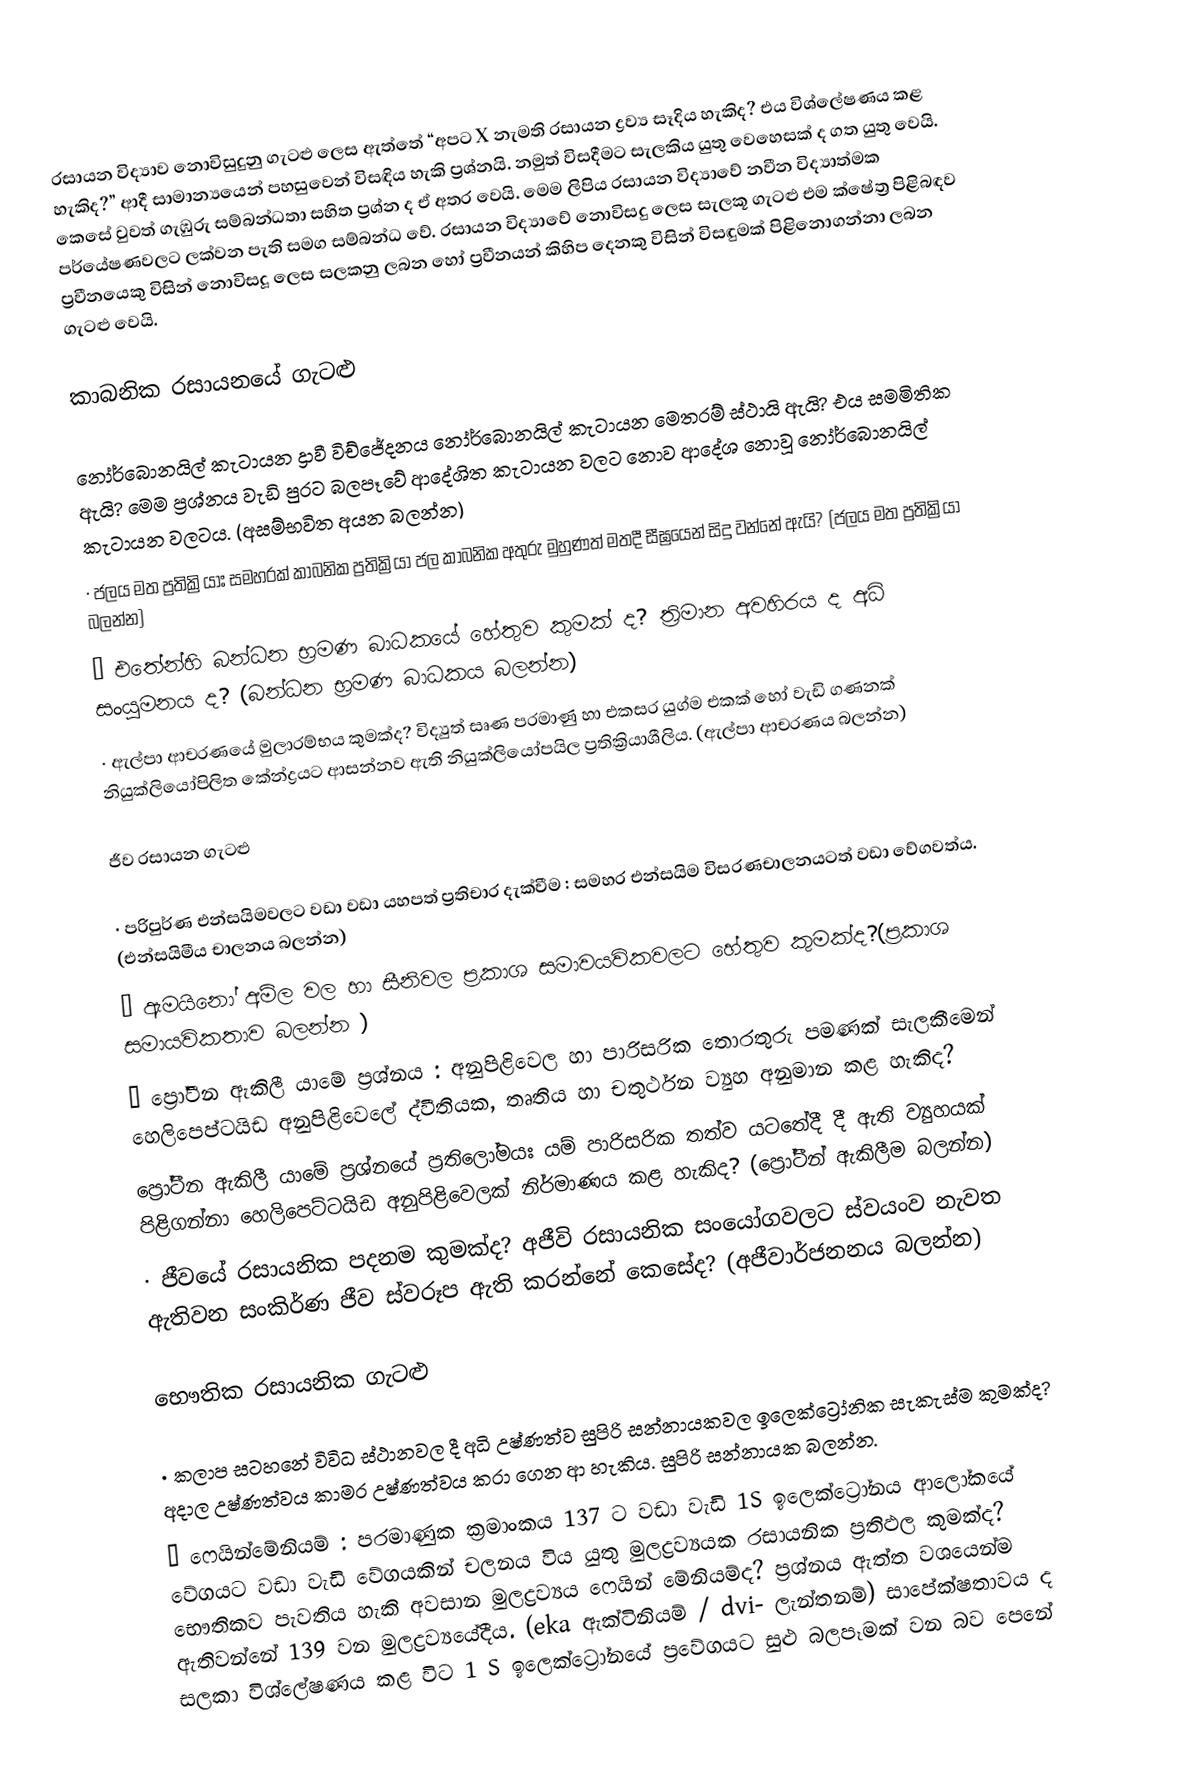
රසායන විද්‍යාව නොවිසුදුනු ගැටළු ලෙස ඇත්තේ “අපට X නැමති රසායන ද්‍රව්‍ය සෑදිය හැකිද? එය විශ්ලේෂණය කළ හැකිද?” ආදී සාමාන්‍යයෙන් පහසුවෙන් විසඳිය හැකි ප්‍රශ්නයි. නමුත් විසදීමට සැලකිය යුතු වෙහෙසක් ද ගත යුතු වෙයි. කෙසේ වුවත් ගැඹුරු සම්බන්ධතා සහිත ප්‍රශ්න ද ඒ අතර වෙයි. මෙම ලිපිය රසායන විද්‍යාවේ නවීන විද්‍යාත්මක පර්යේෂණවලට ලක්වන පැති සමග සම්බන්ධ වේ. රසායන විද්‍යාවේ නොවිසදු ලෙස සැලකූ ගැටළු එම ක්ෂේත්‍ර පිළිබඳව ප්‍රවීනයෙකු විසින් නොවිසදූ ලෙස සලකනු ලබන හෝ ප්‍රවීනයන් කිහිප දෙනකු විසින් විසඳුමක් පිළිනොගන්නා ලබන  ගැටළු වෙයි.

කාබනික රසායනයේ ගැටළු

නෝර්බොනයිල්  කැටායන ද්‍රාවී විච්ජේදනය නෝර්බොනයිල් කැටායන මෙතරම් ස්ථායි ඇයි? එය සමමිතික ඇයි? මෙම ප්‍රශ්නය වැඩි පුරට බලපෑවේ ආදේශිත කැටායන වලට නොව ආදේශ නොවූ නෝර්බොනයිල් කැටායන වලටය. (අසම්භවිත අයන බලන්න)
·	ජලය මත ප්‍රතික්‍රියාඃ සමහරක් කාබනික ප්‍රතික්‍රියා ජල කාබනික අතුරු මුහුණත් මතදී සීඝ්‍රයෙන් සිදු වන්නේ ඇයි? (ජලය මත ප්‍රතික්‍රියා බලන්න)
·	එතේන්හි බන්ධන භ්‍රමණ බාධකයේ හේතුව කුමක් ද? ත්‍රිමාන අවහිරය ද අධි සංයුමනය ද? (බන්ධන භ්‍රමණ බාධකය බලන්න)
·	ඇල්පා ආචරණයේ මුලාරම්භය කුමක්ද?  විද්‍යුත් සෘණ පරමා‍ණු හා එකසර යුග්ම එකක් හෝ වැඩි ගණනක් නියුක්ලියෝපිලිත කේන්ද්‍රයට ආසන්නව ඇති නියුක්ලියෝපයිල ප්‍රතික්‍රියාශීලිය. (ඇල්පා ආචරණය බලන්න)

ජීව රසායන ගැටළු

·	පරිපුර්ණ එන්සයිමවලට වඩා වඩා යහපත් ප්‍රතිචාර දැක්වීම : සමහර එන්සයිම විසරණචාලනයටත් වඩා වේගවත්ය. (එන්සයිමීය චාලනය බලන්න)
·	ඇමයිනෝ අම්ල වල හා සීනිවල  ප්‍රකාශ සමාවයවිකවලට  හේතුව කුමක්ද?(ප්‍රකාශ සමායවිකතාව බලන්න )
·	ප්‍රෝටීන ඇකිලී යාමේ ප්‍රශ්නය : අනුපිළිවෙල හා පාරිසරික තොරතුරු පමණක් සැලකීමෙන් හෙලිපෙප්ටයිඩ අනුපිළිවෙලේ ද්වීතියක, තෘතිය හා චතුර්ථන ව්‍යුහ අනුමාන කළ හැකිද?
ප්‍රෝටීන ඇකිලී යාමේ ප්‍රශ්නයේ ප්‍රතිලෝමයඃ යම් පාරිසරික තත්ව යටතේදී දී ඇති ව්‍යුහයක් පිළිගන්නා හෙලිපෙට්ටයිඩ අනුපිළිවෙලක් නිර්මාණය කළ හැකිද? (ප්‍රෝටීන් ඇකිලීම බලන්න)
·	ජීවයේ රසායනික පදනම කුමක්ද? අජීවි රසායනික සංයෝගවලට ස්වයංව නැවත ඇතිවන සංකිර්ණ ජීව ස්වරූප ඇති කර‍න්නේ කෙසේද? (අජීවාර්ජනනය බලන්න)

භෞතික රසායනික ගැටළු

·	කලාප සටහනේ විවිධ ස්ථානවල දී අධි උෂ්ණත්ව සුපිරි සන්නායකවල ඉලෙක්ට්‍රෝනික සැකැස්ම කුමක්ද? අදාල උෂ්ණත්වය කාමර උෂ්ණත්වය කරා ගෙන ආ හැකිය. සුපිරි සන්නායක බලන්න.
·	ෆෙයින්මේනියම් : පරමාණුක ක්‍රමාංකය 137 ට වඩා වැඩි 1S ඉලෙක්ට්‍රෝනය ආලෝකයේ වේගයට වඩා වැඩි වේගයකින් චලනය විය යුතු මුලද්‍රව්‍යයක රසායනික ප්‍රතිඵල කුමක්ද? භෞතිකව පැවතිය හැකි අවසාන මුලද්‍රව්‍යය ෆෙයින් මේනියම්ද? ප්‍රශ්නය ඇත්ත වශයෙන්ම ඇතිවන්නේ 139 වන මුලද්‍රව්‍යයේදීය. (eka ඇක්ටිනියම් / dvi- ලැන්තනම්) සාපේක්ෂතාවය ද සලකා විශ්ලේෂණය කළ විට 1 S ඉලෙක්ට්‍රෝනයේ ප්‍රවේගයට සුළු  බලපෑමක් වන බව පෙනේ